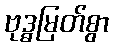
ဗုဒ္ဓမြတ်စွာ